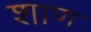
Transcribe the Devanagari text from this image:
शाण